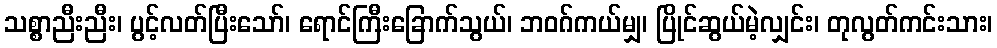
သစ္စာညီးညီး၊ ပွင့်လတ်ပြီးသော်၊ ရောင်ကြီးခြောက်သွယ်၊ ဘဝဂ်ကယ်မျှ၊ ပြိုင်ဆွယ်မဲ့လျှင်း၊ တုလွတ်ကင်းသား၊